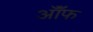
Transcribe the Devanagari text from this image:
ऑॅफ